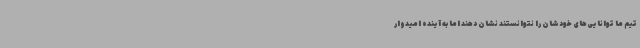
تیم ما توانایی‌های خودشان را نتوانستند نشان دهند اما به آینده امیدوار